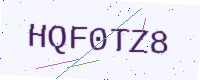
Text: HQF0TZ8